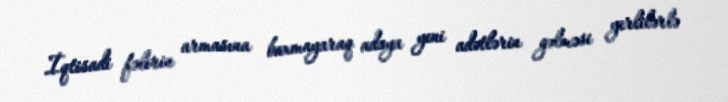
İqtisadi fəlirin armasına baxmayaraq adaya yeni adətlərin gəlməsi yerlilərlə